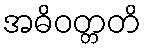
အဓိဝတ္တတိ